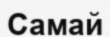
Самай